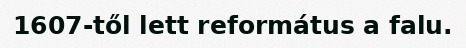
1607-től lett református a falu.